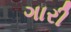
ગારી